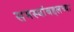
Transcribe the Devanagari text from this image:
समस्यांबद्दलच्या